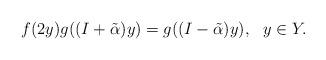
LaTeX: \begin{align*}f(2y)g((I+\tilde\alpha) y)=g((I-\tilde\alpha) y), \ \ y\in Y.\end{align*}